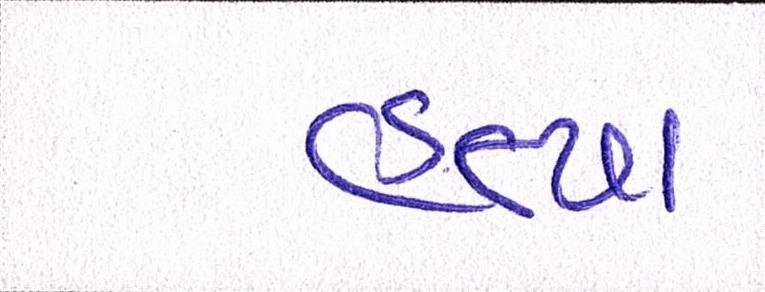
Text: હત્યા